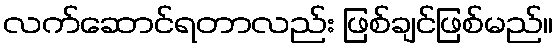
လက်ဆောင်ရတာလည်း ဖြစ်ချင်ဖြစ်မည်။